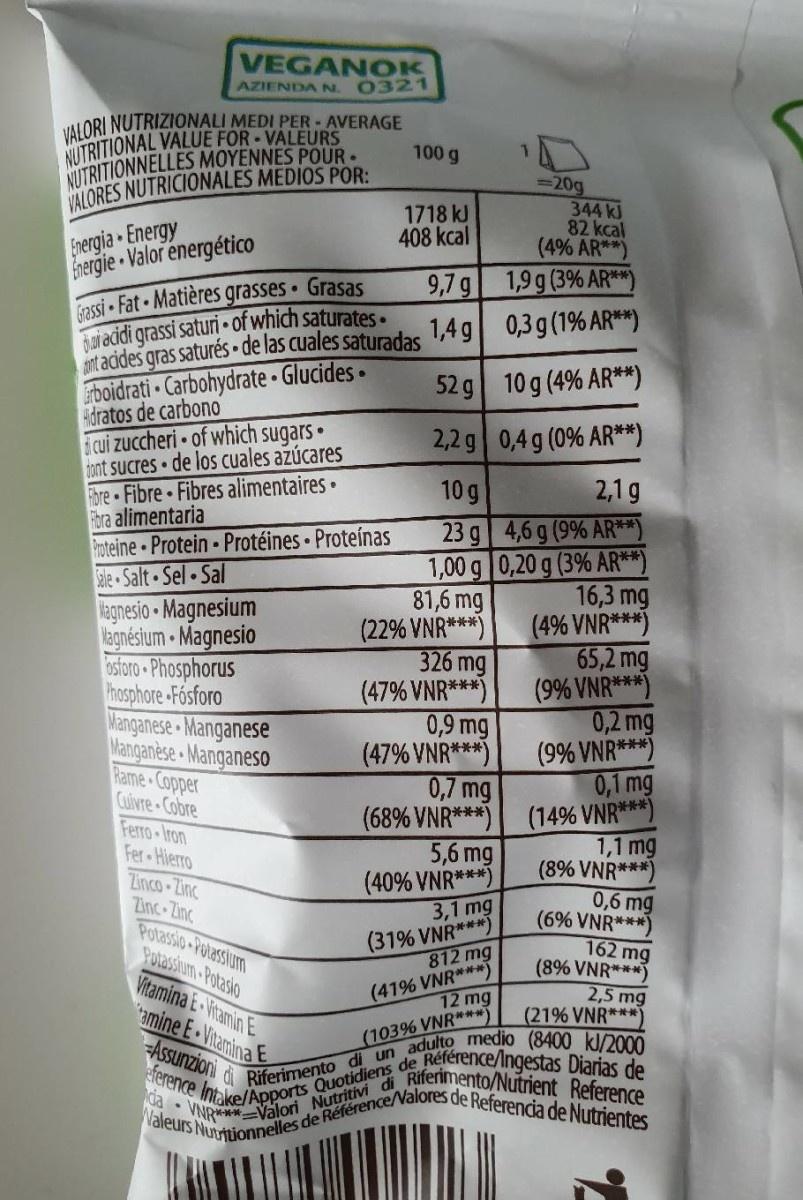
VEGANOK AZIENDA N. 0321
VALORI NUTRIZIONALI MEDI PER - AVERAGE NUTRITIONAL VALUE FOR-VALEURS NITRITIONNELLES MOYENNES POUR- VALORES NUTRICIONALES MEDIOS POR:
100 g
=20g 344 kJ 82 kcal (4% AR**)
1718 kJ 408 kcal
Energia Energy Energie Valor energético
Gassi Fat Matières grasses Grasas jacidi grassi saturi of which saturates. ant acides gras saturés • de las cuales saturadas rboidrati Carbohydrate Glucides• idratos de carbono cui zuccheri • of which sugars • tont sucres de los cuales azúcares Fbre Fibre Fibres alimentaires • Fbra alimentaria Proteine Protein Protéines • Proteínas Sale Salt Sel Sal
9,7 g 1,9g(3% AR**)
1,4 g 0,3g(1% AR**)
52 g 10 g (4% AR**)
2,2 g 0,4 g (0% AR**)
10 g
2,1 g
lagnesio - Magnesium lagnésium Magnesio asforo -Phosphorus hosphore -Fósforo Manganese Manganese Manganèse Manganeso Rame Copper Cuivre Cobre Ferro-Iron Fer Hierro Zinco-Zinc Zinc Zinc Potassio-Potassium Potassium-Potasio Vitamina E Vitamin E tamine E Vitamina E
81,6 mg (22% VNR***) 326 mg (47% VNR***) 0,9 mg (47% VNR***) 0,7 mg (68% VNR***) 5,6 mg (40% VNR***) 3,1 mg (31% VNR***) 812 mg (41% VNR***)
23 g 4,6 g (9% AR**) 1,00 g 0,20 g (3% AR**) 16,3 mg (4% VNR***) 65,2 mg (9% VNR***) 0,2 mg (9% VNR***) 0,1 mg (14% VNR***) 1,1 mg (8% VNR***) 0,6 mg (6% VNR***) 162 mg (8% VNR***) 2,5 mg (21% VNR***)
12 mg
Assunzioni di Riferimento di un adulto medio (8400 kJ/2000 eference Intake/Apports Quotidiens de Référence/Ingestas Diarias de da • VNR*Valori Nutritivi di Riferimento/Nutrient Reference Waleurs Nuttionnelles de Référence/Nalores de Referencia de Nutrientes
(103% VNR***